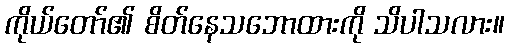
ကိုယ်တော်၏ စိတ်နေသဘောထားကို သိပါသလား။